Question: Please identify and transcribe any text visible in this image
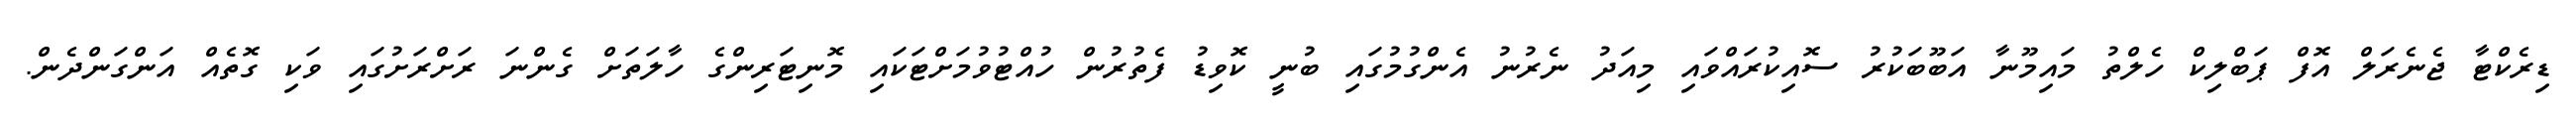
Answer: ޑިރެކްޓާ ޖެނެރަލް އޮފް ޕަބްލިކް ހެލްތު މައިމޫނާ އަބޫބަކުރު ސޮއިކުރައްވައި މިއަދު ނެރުނު އެންގުމުގައި ބުނީ ކޮވިޑު ފެތުރުން ހުއްޓުވުމަށްޓަކައި މޮނިޓަރިންގެ ހާލަތަށް ގެންނަ ރަށްރަށުގައި ވަކި ގޮތެއް އަންގަންދެން.